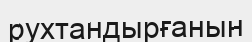
рухтандырғанын